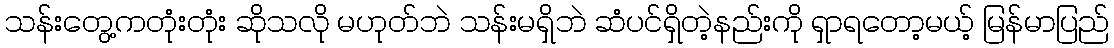
သန်းတွေ့ကတုံးတုံး ဆိုသလို မဟုတ်ဘဲ သန်းမရှိဘဲ ဆံပင်ရှိတဲ့နည်းကို ရှာရတော့မယ့် မြန်မာပြည်